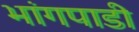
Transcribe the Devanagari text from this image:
भांगपाडी